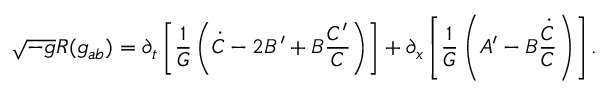
\sqrt { - g } R ( g _ { a b } ) = \partial _ { t } \left[ \frac { 1 } { G } \left( \dot { C } - 2 B ^ { \prime } + B \frac { C ^ { \prime } } { C } \right) \right] + \partial _ { x } \left[ \frac { 1 } { { G } } \left( A ^ { \prime } - B \frac { \dot { C } } { C } \right) \right] .